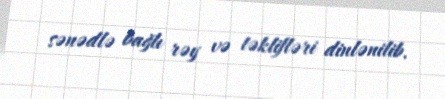
sənədlə bağlı rəy və təklifləri dinlənilib.